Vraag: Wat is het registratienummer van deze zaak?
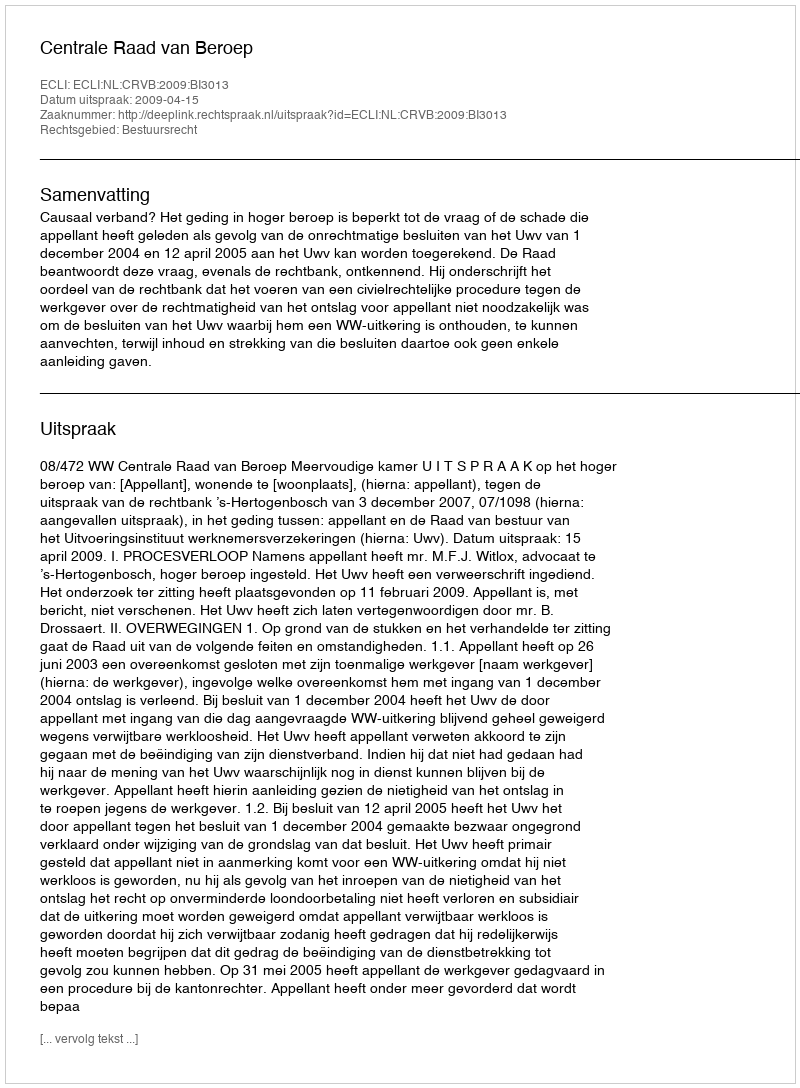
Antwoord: http://deeplink.rechtspraak.nl/uitspraak?id=ECLI:NL:CRVB:2009:BI3013